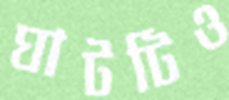
ঘাটটিও